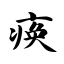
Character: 痪